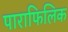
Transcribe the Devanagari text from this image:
पाराफिलिक